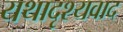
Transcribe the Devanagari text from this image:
यथादृश्यवाद